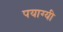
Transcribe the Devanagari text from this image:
पयाग्यी